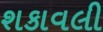
શકાવલી